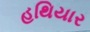
હથિયાર